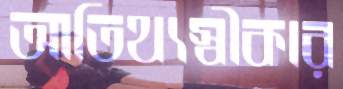
আতিথ্যস্বীকার